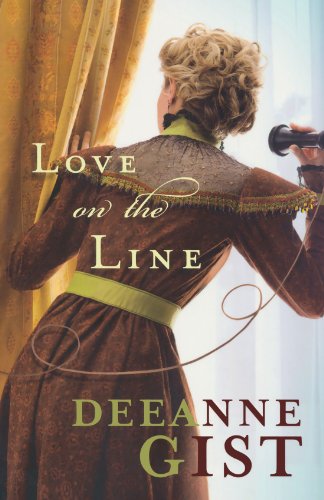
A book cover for Love on the Line; Deeanne Gist; Religion & Spirituality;